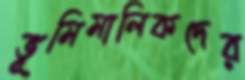
ভূমিমালিকদের